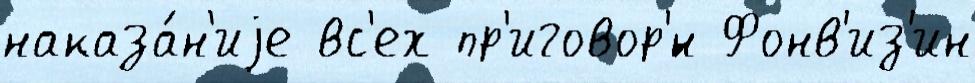
наказа́н'иjе вс'ех пр'иговор'́н Фонв'из'ин